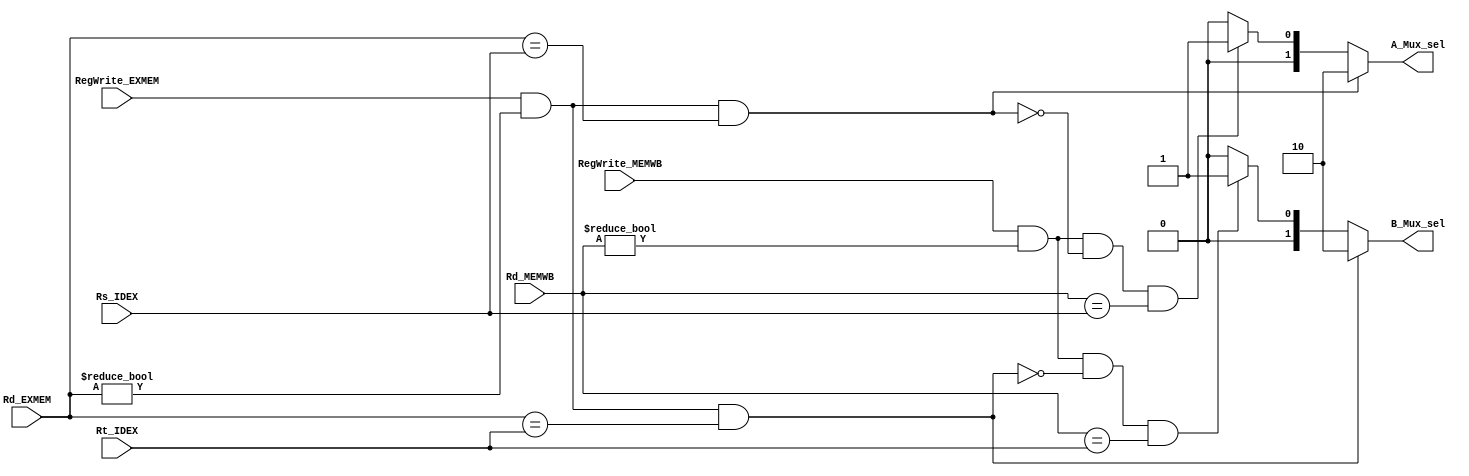
`timescale 1ns / 1ps

////////////////////////////////////////////////////////////////////////////////
// Team Members: Carlos Perez, Ramos Jiuru Chen
//
////////////////////////////////////////////////////////////////////////////////

/*
	Hazard Conditions:
    1a. EX/MEM.RegisterRd = ID/EX.RegisterRs
    1b. EX/MEM.RegisterRd = ID/EX.RegisterRt
    2a. MEM/WB.RegisterRd = ID/EX.RegisterRs
    2b. MEM/WB.RegisterRd = ID/EX.RegisterRt
*/

module ForwardingUnit(
    // input regs
    Rd_EXMEM, Rd_MEMWB, Rs_IDEX, Rt_IDEX,
    // input control signals
    RegWrite_EXMEM, RegWrite_MEMWB,
    // output mux control
    A_Mux_sel, B_Mux_sel
);
	// Destination Registers
	input [4:0] Rd_EXMEM; 
	input [4:0] Rd_MEMWB;
	// Source Registers
	input [4:0] Rs_IDEX;
	input [4:0] Rt_IDEX;
	
	// Control Signals
	input RegWrite_EXMEM, RegWrite_MEMWB;

    // ALU input mux control (to Ex stage)
	output reg [1:0] A_Mux_sel;
	output reg [1:0] B_Mux_sel;
	
	initial begin
	   A_Mux_sel <= 2'b00;
	   B_Mux_sel <= 2'b00;
	end
	
	always @(*) begin
	   // A mux control
	   if (RegWrite_EXMEM && (Rd_EXMEM != 0) && (Rd_EXMEM == Rs_IDEX)) begin
	           A_Mux_sel <= 2'b10;
	   end
	   else if (RegWrite_MEMWB 
              && (Rd_MEMWB != 0) 
              && ~(RegWrite_EXMEM && (Rd_EXMEM != 0) && (Rd_EXMEM == Rs_IDEX)) 
              && (Rd_MEMWB == Rs_IDEX)) begin
               A_Mux_sel <= 2'b01;
        end
        else begin
               A_Mux_sel <= 2'b00;
        end
	   // B mux control
	   if (RegWrite_EXMEM && (Rd_EXMEM != 0) && (Rd_EXMEM == Rt_IDEX)) begin
		      B_Mux_sel <= 2'b10;
	   end
	   else if (RegWrite_MEMWB 
              && (Rd_MEMWB != 0) 
              && ~(RegWrite_EXMEM && (Rd_EXMEM != 0) && (Rd_EXMEM == Rt_IDEX))
              && (Rd_MEMWB == Rt_IDEX)) begin
               B_Mux_sel <= 2'b01;
       end
       else begin
               B_Mux_sel <= 2'b00;
       end
	end
	
	
/*	always @(*) begin 
	    /// Ex Hazard
		if (RegWrite_EXMEM && (Rd_EXMEM != 0) && (Rd_EXMEM == Rs_IDEX)) begin
	       A_Mux_sel <= 2'b10;
		end
		else if (RegWrite_EXMEM && (Rd_EXMEM != 0) && (Rd_EXMEM == Rt_IDEX)) begin
		   B_Mux_sel <= 2'b10;
		end
		/// Mem Hazard
		else if (RegWrite_MEMWB 
		  && (Rd_MEMWB != 0) 
		  && ~(RegWrite_EXMEM && (Rd_EXMEM != 0) && (Rd_EXMEM == Rs_IDEX)) 
		  && (Rd_MEMWB == Rs_IDEX)) begin
		   A_Mux_sel <= 2'b01;
		end
		else if (RegWrite_MEMWB 
		  && (Rd_MEMWB != 0) 
		  && ~(RegWrite_EXMEM && (Rd_EXMEM != 0) && (Rd_EXMEM == Rt_IDEX))
		  && (Rd_MEMWB == Rt_IDEX)) begin
		   B_Mux_sel <= 2'b01;
		end
		else begin
			A_Mux_sel <= 2'b00;
			B_Mux_sel <= 2'b00;
		end
	end*/
    
endmodule